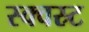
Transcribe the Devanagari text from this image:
स्क्वस्र्ट